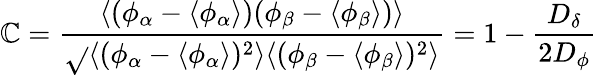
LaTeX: \mathbb{C}=\frac{{\langle(\phi_{\alpha}-\langle\phi_{\alpha}\rangle)(\phi_{\beta}-\langle\phi_{\beta}\rangle)\rangle}}{{\sqrt{}{{\langle(\phi_{\alpha}-\langle\phi_{\alpha}\rangle)^{2}\rangle\langle(\phi_{\beta}-\langle\phi_{\beta}\rangle)^{2}\rangle}}}}=1-\frac{{D_{\delta}}}{{2D_{\phi}}}